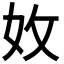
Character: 𡛇